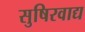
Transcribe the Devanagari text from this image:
सुषिरवाद्य